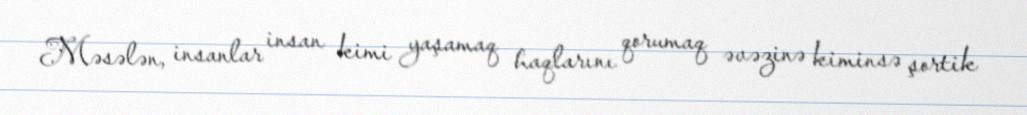
Məsələn, insanlar insan kimi yaşamaq haqlarını qorumaq əvəzinə kiminsə şortik